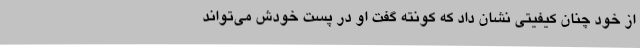
از خود چنان کیفیتی نشان داد که کونته گفت او در پست خودش می‌تواند